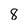
Character: 8